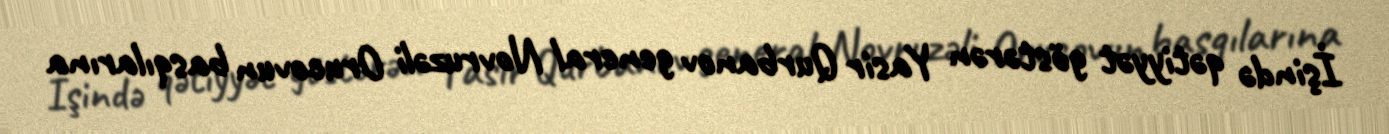
İşində qətiyyət göstərən Yasir Qurbanov general Novruzəli Orucovun basqılarına